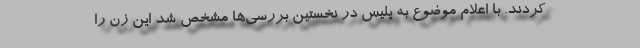
کردند. با اعلام موضوع به پلیس در نخستین بررسی‌ها مشخص شد این زن را